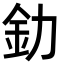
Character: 釛